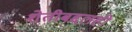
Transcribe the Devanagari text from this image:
शेतीबद्दलही